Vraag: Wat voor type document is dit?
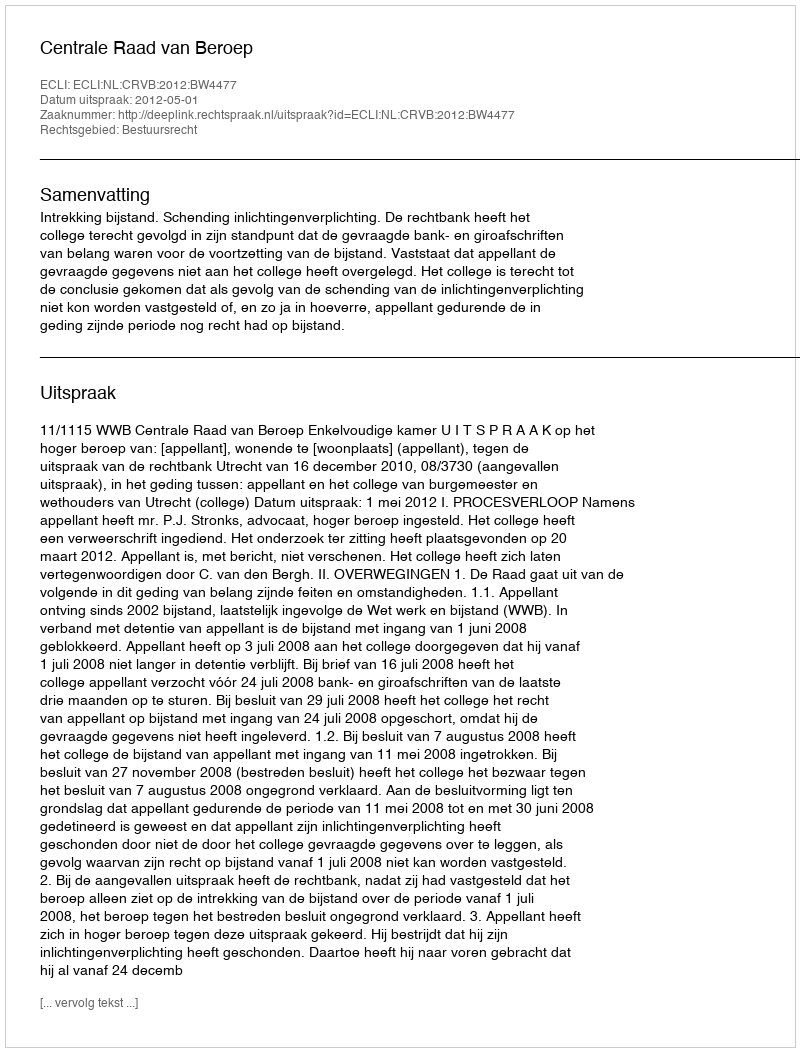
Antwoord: Uitspraak